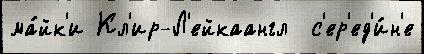
ма́йк'и Кл'ир-Л'ейкаангл  с'ер'ед'и́н'е